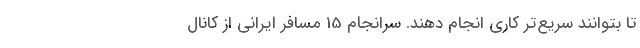
تا بتوانند سریع‌تر کاری انجام دهند. سرانجام 15 مسافر ایرانی از کانال